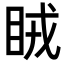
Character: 𥅯